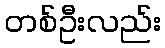
တစ်ဦးလည်း